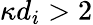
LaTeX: \kappa d_{i}>2